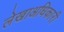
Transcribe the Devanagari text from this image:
लेखाअधिकारी